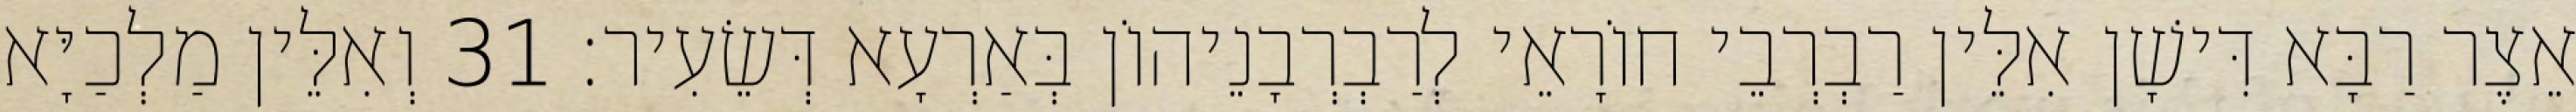
אֵצֶר רַבָּא דִּישָׁן אִלֵּין רַבְרְבֵי חוֹרָאֵי לְרַבְרְבָנֵיהוֹן בְּאַרְעָא דְּשֵׂעִיר׃ 31 וְאִלֵּין מַלְכַיָּא